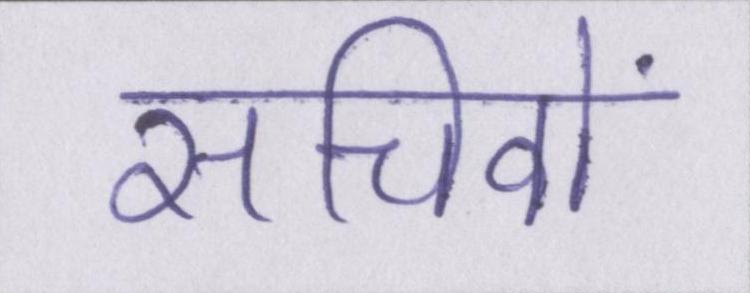
सचिवों